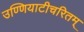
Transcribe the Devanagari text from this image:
उण्णियाटीचरितम्